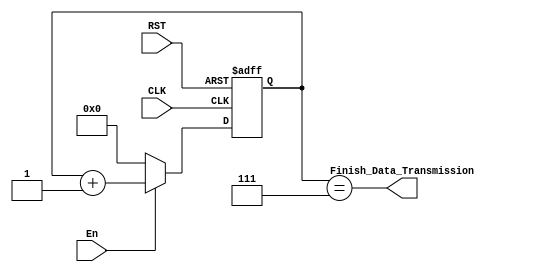
module Counter_Data 
(
    //-------------------------------Input Ports------------------------------------//
    input          wire                           En,
    input          wire                           CLK,
    input          wire                           RST,
    //-------------------------------Output Ports------------------------------------//
    output         wire                           Finish_Data_Transmission
);
// Counter Variable 
reg   [3:0]    Counter;

always @(posedge CLK or negedge RST)
    begin
        if (!RST)
            begin
                Counter <= 4'b0000;
            end
        else if (En)
            begin
                Counter <= Counter + 4'b0001;
            end
        else
            begin
                Counter <= 4'b0000;
            end
    end
assign Finish_Data_Transmission = (Counter == 4'd7);
endmodule